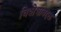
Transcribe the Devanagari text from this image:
विशेषाबद्दल